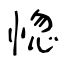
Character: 惚